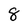
Character: 8